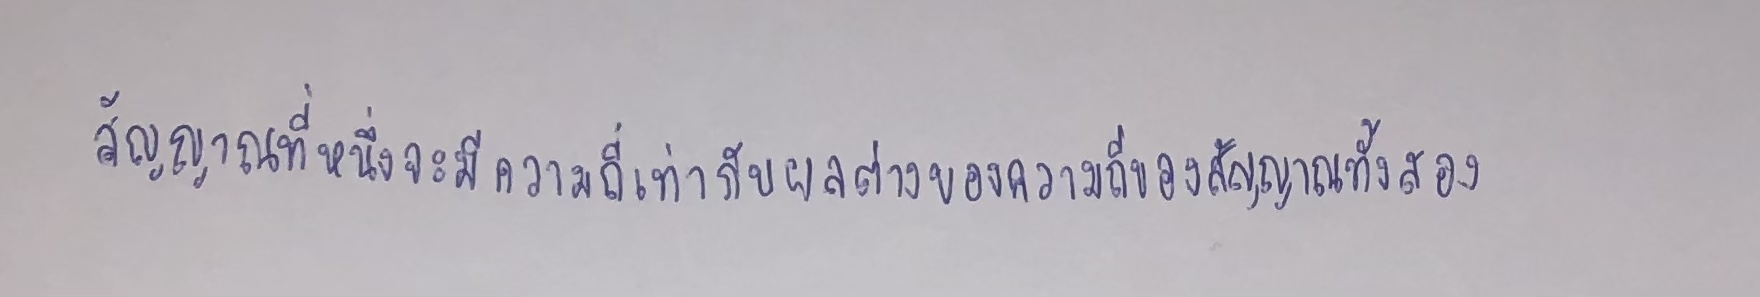
สัญญาณที่หนึ่งจะมีความถี่เท่ากับผลต่างของความถี่ของสัญญาณทั้งสอง